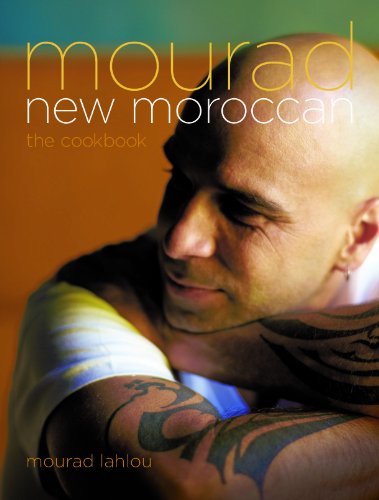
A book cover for Mourad: New Moroccan; Mourad Lahlou; Cookbooks, Food & Wine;